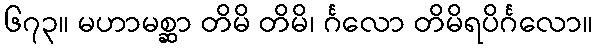
၆၇၃။ မဟာမစ္ဆာ တိမိ တိမိ၊ င်္ဂလော တိမိရပိင်္ဂလော။